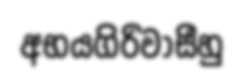
අභයගිරිවාසීහු